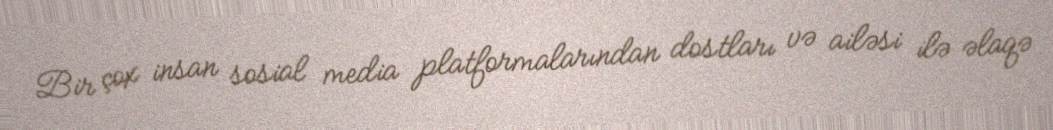
Bir çox insan sosial media platformalarından dostları və ailəsi ilə əlaqə